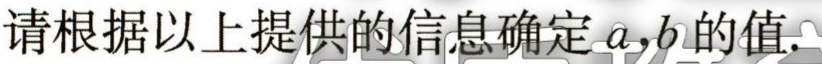
请根据以上提供的信息确定 \(a,b\) 的值.